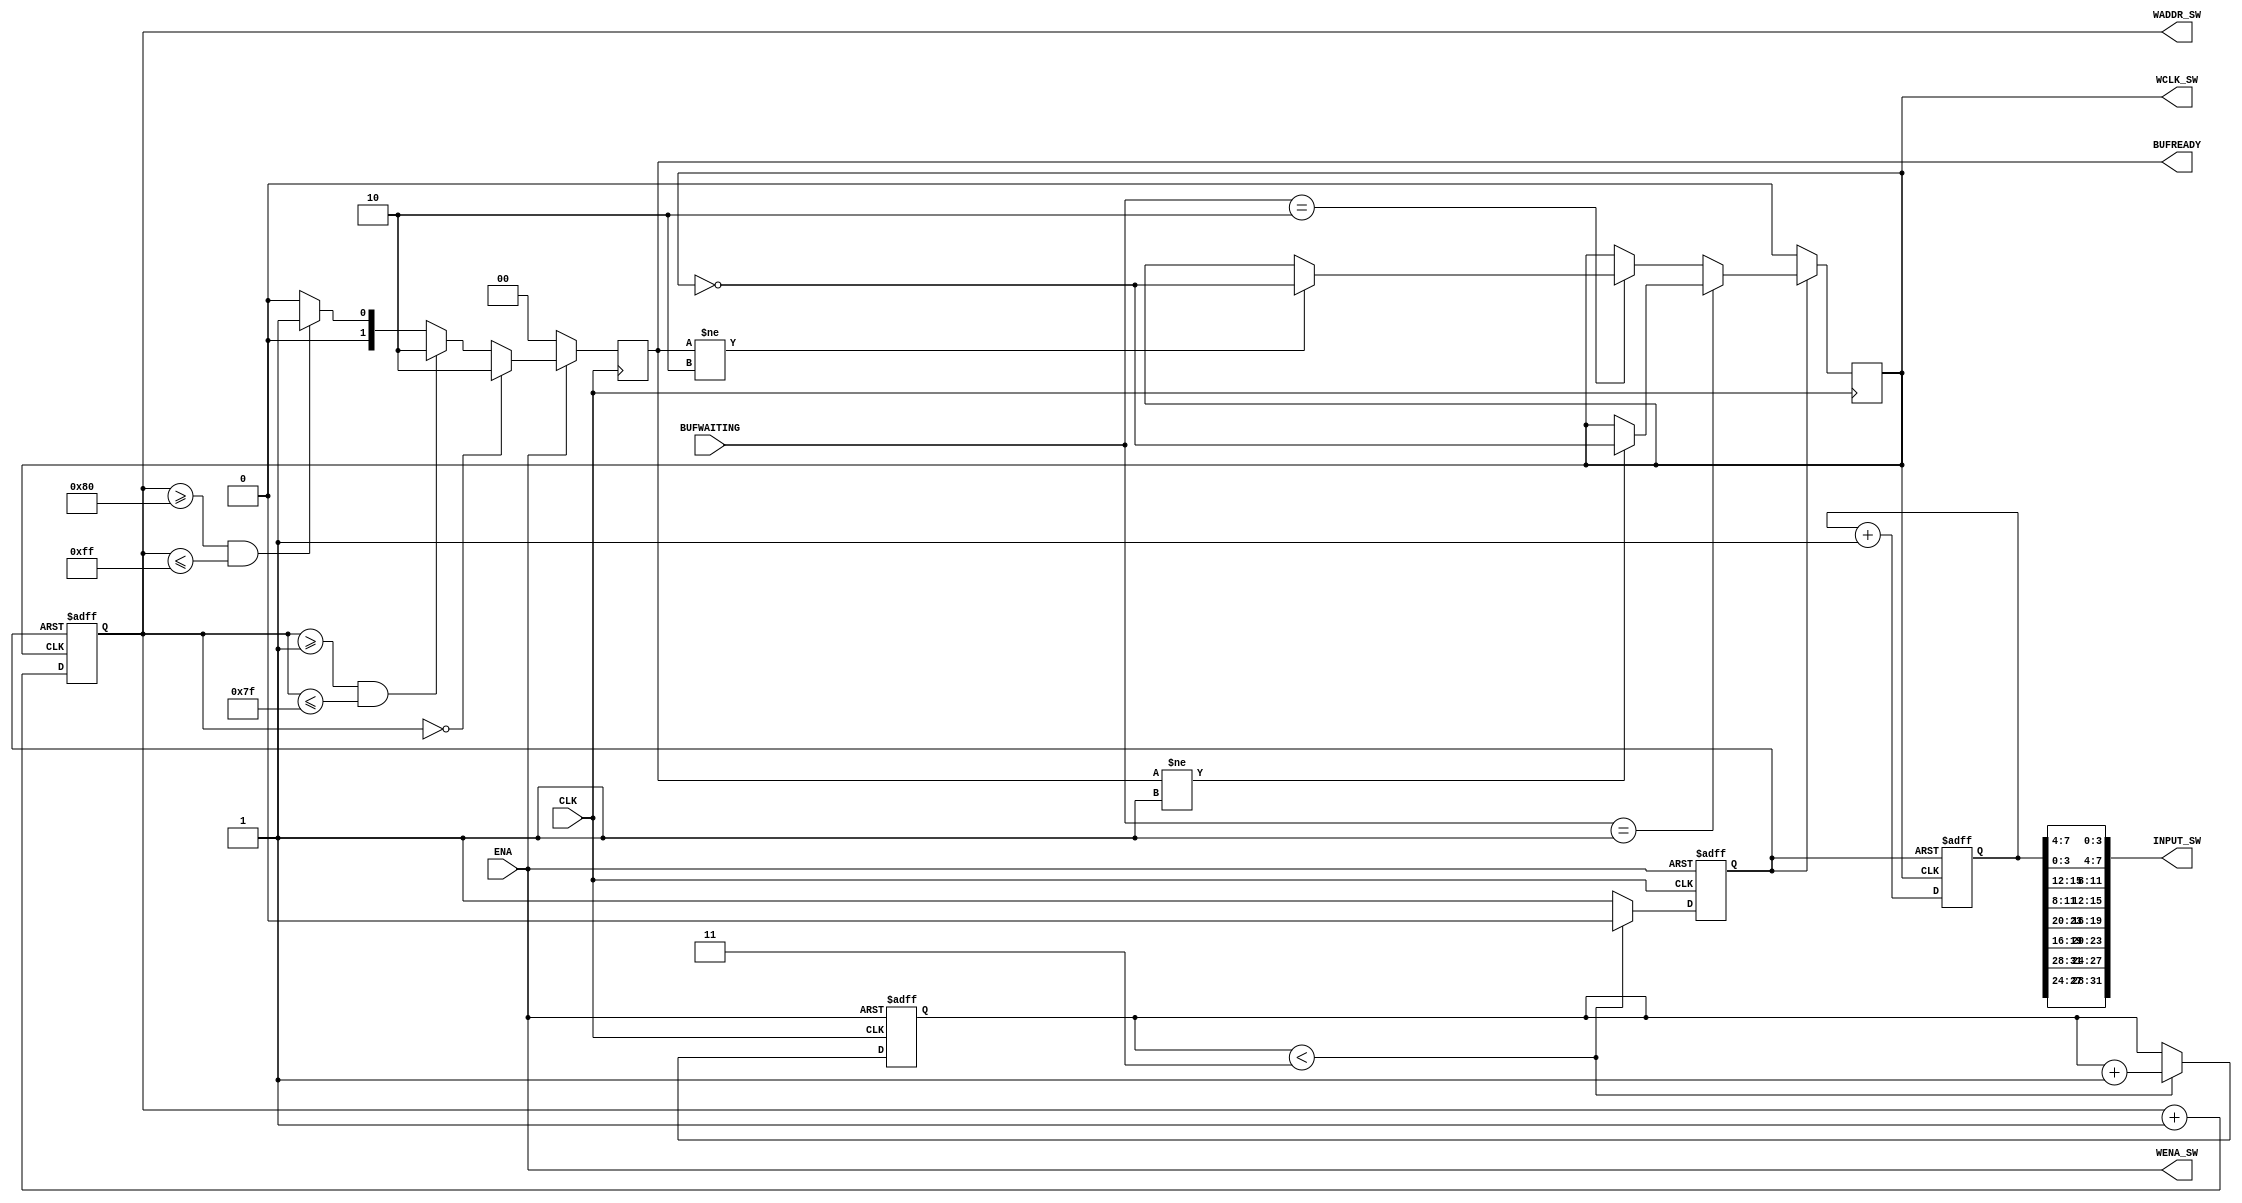
module sectorToWriteFATconstructor(
CLK,
ENA,

WCLK_SW,
WENA_SW,
WADDR_SW,
INPUT_SW,

BUFREADY,
BUFWAITING);

input  wire CLK, ENA;

output reg          WCLK_SW;
output wire         WENA_SW;
output wire  [7:0]  WADDR_SW;
output wire  [31:0] INPUT_SW;

output reg   [1:0]  BUFREADY;  
input  wire  [1:0]  BUFWAITING;

reg  [31:0] clusterNum;
reg  [7:0]  addrCounter;

assign WENA_SW = ENA;
assign WADDR_SW[7:0] = addrCounter[7:0];

assign INPUT_SW [31:28] = clusterNum [27:24];
assign INPUT_SW [27:24] = clusterNum [31:28];
assign INPUT_SW [23:20] = clusterNum [19:16];
assign INPUT_SW [19:16] = clusterNum [23:20];
assign INPUT_SW [15:12] = clusterNum [11:8];
assign INPUT_SW [11:8]  = clusterNum [15:12];
assign INPUT_SW [7:4]   = clusterNum [3:0];
assign INPUT_SW [3:0]   = clusterNum [7:4];

reg ENA_COUNTER;

localparam glitchTime = 3;
reg [3:0] muteCountersTimer;

always @ (negedge ENA or posedge CLK)
begin
	if(!ENA)
	begin
		muteCountersTimer <= 0;
		ENA_COUNTER <= 1'b0;
	end
	else
	begin
		if(muteCountersTimer < glitchTime)
		begin
			ENA_COUNTER <= 1'b0;
			muteCountersTimer <= muteCountersTimer + 1;
		end
		else
		begin
			muteCountersTimer <= muteCountersTimer;
			ENA_COUNTER <= 1'b1;
		end
	end
end

always @ (posedge CLK)
begin
	if(ENA_COUNTER)
	begin
		if(BUFWAITING == 2'b01)
		begin
			if(BUFREADY != 2'b01)
			begin
				WCLK_SW <= !WCLK_SW;
			end
		end
		else if(BUFWAITING == 2'b10)
		begin
			if(BUFREADY != 2'b10)
			begin
				WCLK_SW <= !WCLK_SW;
			end
		end		
	end
	else
	begin
		WCLK_SW <= 1'b0;
	end
end

always @ (negedge ENA_COUNTER or negedge WCLK_SW)
begin
	if(!ENA_COUNTER)
	begin
		addrCounter <= 8'h00;
		
	end
	else
	begin
		addrCounter <= addrCounter + 8'h01;
	end          
end

always @ (negedge ENA_COUNTER or negedge WCLK_SW)
begin
	if(!ENA_COUNTER)
	begin
		clusterNum <= 32'h1;
	end
	else
	begin
		clusterNum <= clusterNum + 32'd1;
	end
end

always @(negedge CLK)
begin
  if(ENA)
  begin
    if(addrCounter == 8'd0)//more 511
    begin
		BUFREADY <= 2'b10;
    end
    else if((addrCounter >= 8'd1) && (addrCounter <= 8'd127))//more 511
    begin
		BUFREADY <= 2'b10;
    end
	 else if((addrCounter >= 8'd128) && (addrCounter <= 8'd255))//more 511
    begin
		BUFREADY <= 2'b01;
    end
    else
    begin
		BUFREADY <= 2'b00;
    end
  end
  else
  begin
	 BUFREADY <= 2'b00;
  end
end

   
endmodule